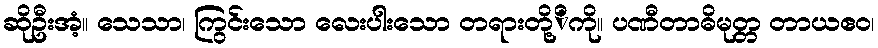
ဆိုဦးအံ့။ သေသာ၊ ကြွင်းသော လေးပါးသော တရားတို့ိကို။ ပဏီတာဓိမုတ္တ တာယဧဝ၊